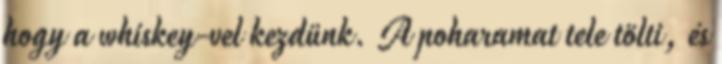
hogy a whiskey-vel kezdünk. A poharamat tele tölti, és